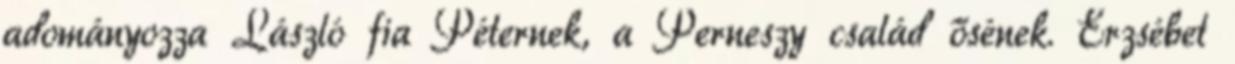
adományozza László fia Péternek, a Perneszy család ősének. Erzsébet